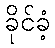
ခိုင်ခံ့